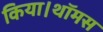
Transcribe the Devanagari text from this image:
किया।थॉमस